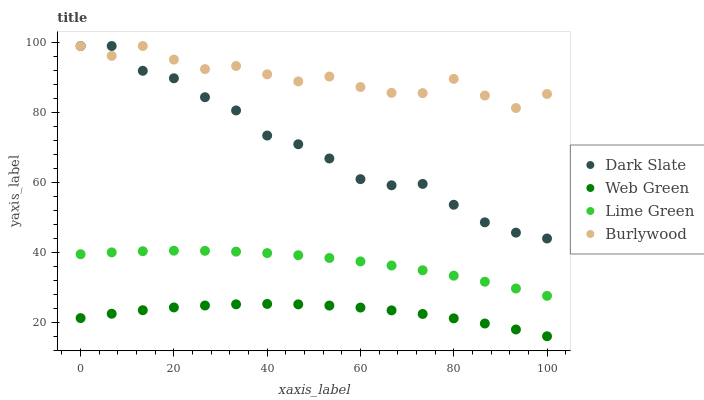
| xaxis_label | Dark Slate | Web Green | Lime Green | Burlywood |
 | --- | --- | --- | --- | --- |
 | 0 | 99 | 21.3 | 39.5 | 99 |
 | 6.67 | 99 | 22.5 | 40 | 96.2 |
 | 13.3 | 91.9 | 23.5 | 40.4 | 99 |
 | 20 | 89.8 | 24.3 | 40.5 | 95.1 |
 | 26.7 | 84.4 | 24.9 | 40.5 | 92.4 |
 | 33.3 | 80.6 | 25.2 | 40.3 | 93.3 |
 | 40 | 73.4 | 25.3 | 39.8 | 90.9 |
 | 46.7 | 70.9 | 25.2 | 39.2 | 88.9 |
 | 53.3 | 66.9 | 24.8 | 38.4 | 90.3 |
 | 60 | 61 | 24.3 | 37.5 | 87.3 |
 | 66.7 | 59.2 | 23.5 | 36.3 | 85.6 |
 | 73.3 | 59.6 | 22.5 | 34.9 | 85.5 |
 | 80 | 53.7 | 21.2 | 33.4 | 89.6 |
 | 86.7 | 48.6 | 19.7 | 31.7 | 84.8 |
 | 93.3 | 45.7 | 18 | 29.7 | 81.3 |
 | 100 | 44 | 16.1 | 27.6 | 85.3 |